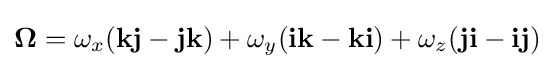
{\boldsymbol {\Omega }}=\omega _{x}(\mathbf {kj} -\mathbf {jk} )+\omega _{y}(\mathbf {ik} -\mathbf {ki} )+\omega _{z}(\mathbf {ji} -\mathbf {ij} )